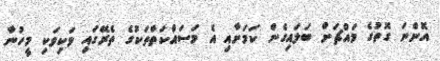
އޮންނަ ގޮތުގެ މައްޗަށް ބަލައިގެން ކަމަށާއި އެ މަސައްކަތްތަކުގެ ތެރޭގައި ވަކިވަކި މީހުނާ